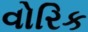
વોરિક